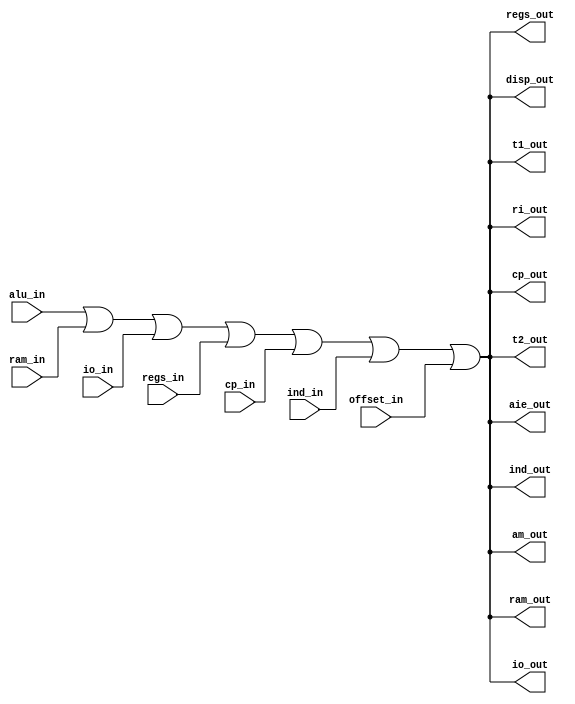
`timescale 1ns / 1ps
//////////////////////////////////////////////////////////////////////////////////
// Company:
// Engineer:
//
// Design Name:
// Module Name:    bus
// Project Name:
// Target Devices:
// Tool versions:
// Description:
//
// Dependencies:
//
// Revision:
// Revision 0.01 - File Created
// Additional Comments:
//
//////////////////////////////////////////////////////////////////////////////////
module bus(
        alu_in,
        ram_in,
        ram_out,
        io_in,
        io_out,
        regs_in,
        regs_out,
        cp_in,
        cp_out,
        ind_in,
        ind_out,
        am_out,
        aie_out,
        t1_out,
        t2_out,
        offset_in,
        ri_out,
        disp_out
    );

parameter width = 16;

input [width-1 : 0] alu_in;
input [width-1 : 0] ram_in;
input [width-1 : 0] io_in;
input [width-1 : 0] regs_in;
input [width-1 : 0] cp_in;
input [width-1 : 0] ind_in;
input [width-1 : 0] offset_in;
output[width-1 : 0] am_out;
output[width-1 : 0] aie_out;
output[width-1 : 0] t1_out;
output[width-1 : 0] t2_out;
output[width-1 : 0] ri_out;
output[width-1 : 0] ram_out;
output[width-1 : 0] io_out;
output[width-1 : 0] regs_out;
output[width-1 : 0] cp_out;
output[width-1 : 0] ind_out;
output[width-1 : 0] disp_out;

wire [width-1 : 0]  bus;

assign bus = alu_in | ram_in | io_in | regs_in | cp_in | ind_in | offset_in;

assign am_out = bus;
assign aie_out = bus;
assign ram_out = bus;
assign io_out = bus;
assign regs_out = bus;
assign cp_out = bus;
assign ind_out = bus;
assign t1_out = bus;
assign t2_out = bus;
assign ri_out = bus;
assign disp_out = bus;

endmodule